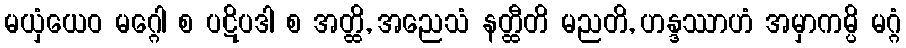
မယှံယေဝ မဂ္ဂေါ စ ပဋိပဒါ စ အတ္ထိ, အညေသံ နတ္ထီတိ မညတိ, ဟန္ဒဿာဟံ အမှာကမ္ပိ မဂ္ဂံ